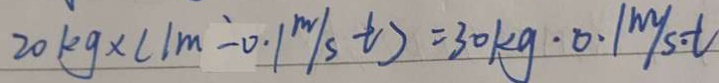
2 0 k g \times ( 1 m - 0 . 1 m / s t ) = 3 0 k g \cdot 0 . 1 m / s . t